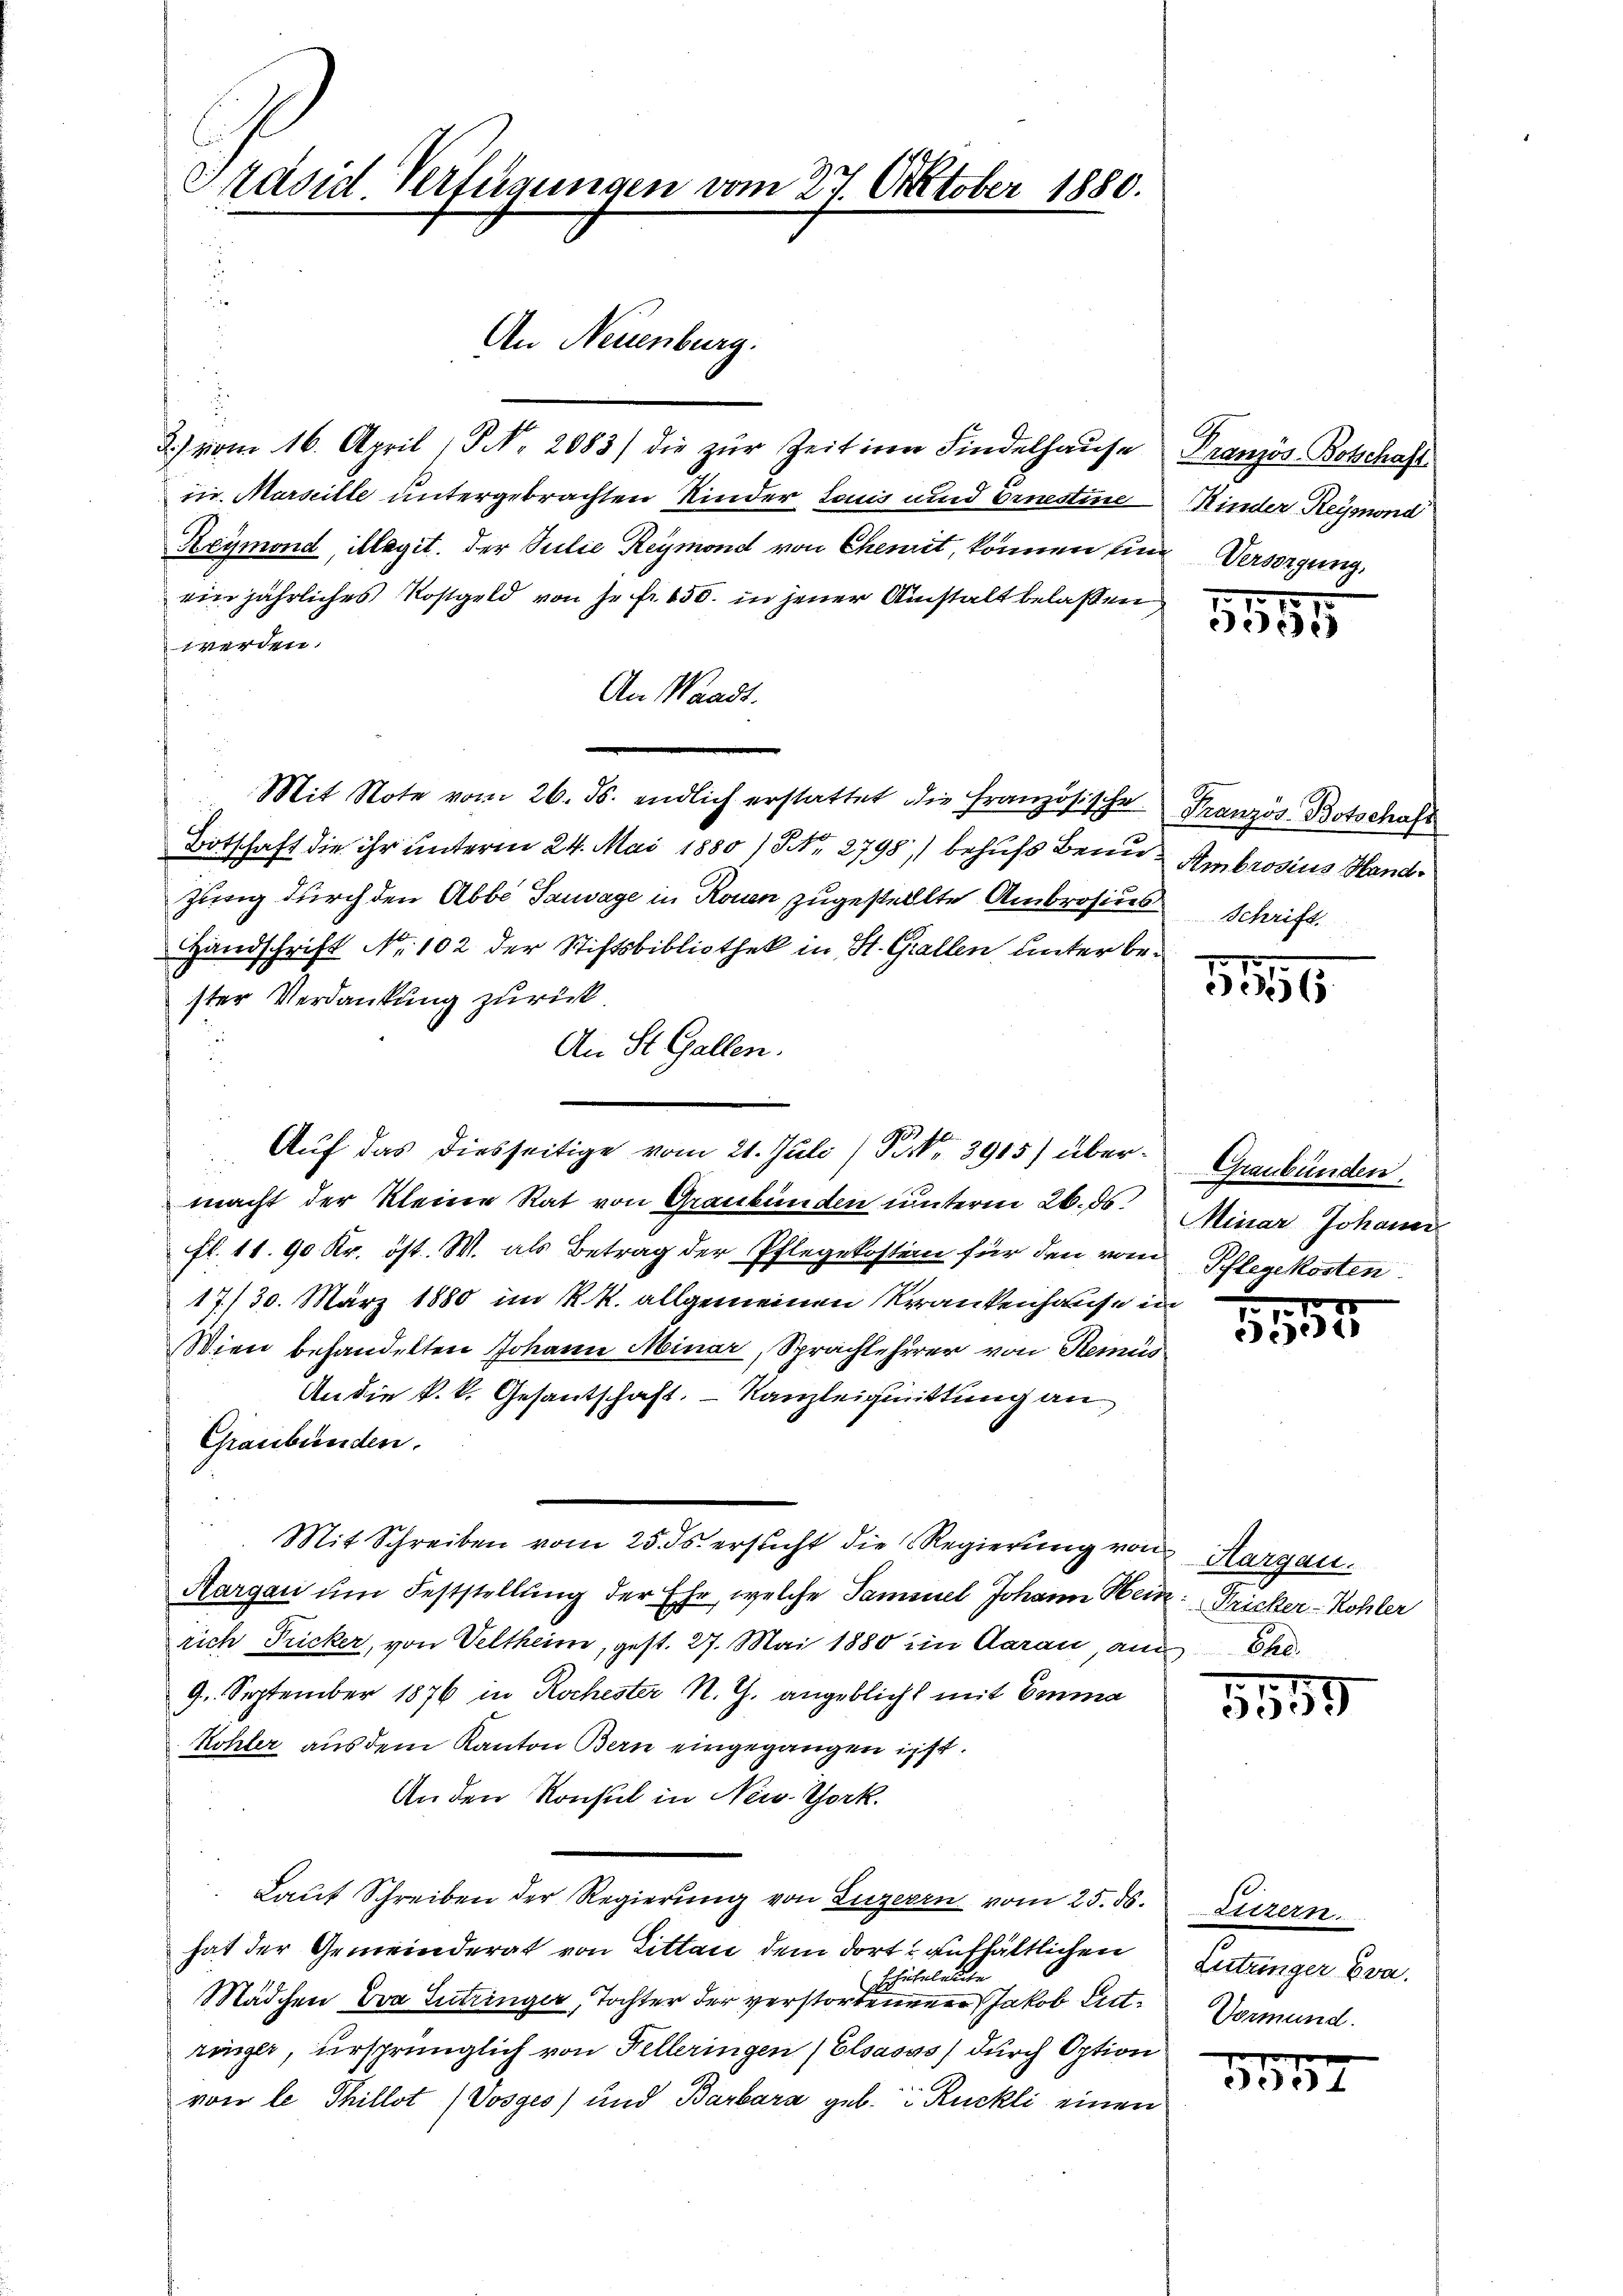
Präsid Verfügungen vom 27. Oktober 1880.

2) vom 16. April (S. 2083) die zur Zeit in Findelhause
in. Marseille untergebrachten Kinder Louis und ornestine
Reymond, illagit der Silie Reymond von Chemit, können ein
einjährliches Kostgeld von je fr. 650. in jener Anstalt belassen
werden.
An Waadt.
Mit Note vom 26. ds. endlich erstattet die Französische
Botschaft die ihr unterm 24. Mai 1880 / Nr. 2798, behufs Benu
Zunig durch den Abbe Tauvage in Rouen zugestellte Ambrosius.
Handschrift No. 102 der Stiftsbibliothek in St. Gallen unter bester Verdankung zurück
An St. Gallen.
Auf das diesseitige vom 21. Juli (§ 3915) übermacht der Kleine Rat von Graubünden unterm 26. ds.
fl. 11. 90 Kr. öst. W. als Betrag der Pflegekostein für den vom
17./30. März 1880 im k. k. allgemeinen Krankenhausei
Wien behandelten Johann Minar, Sprachteherer von Semi
An die k.k. Gesantschaft. Kanzleiquittung an
Graubünden.
Mit Schreiben vom 25. ds. ersucht die Regierung von
Aargau um Feststellung der Ehe, welche Sammel Johann Heirich Tricker, von Veltheim, gest. 27. Mai 1880 iin Aarau, an
9. September 1876 in Rochester R. G. angeblicht mit Emma
Kohler aus dem Kanton Bern eingegangen ist.
An den Konsul in New-York
Lauf Schreiben der Regierung von Luzern vom 25. ds.
hat der Gemeinderat von Litten dem dort aufhältlichen
Echübeleuche
Mädchen Eva Lutringer, Tochter der verstorbenener Jakob Gutringer, ursprünglich von Felleringen (Elsasss) durch Option
von le Thillot (Vosges) und Barbara geb. Rückli einen

An Neuenburg.

Französ-Botschaft.
Kinder Reymond
Versorgung,

157
e

Franzos-Botschaft
Ambrosius Hand.
Schrift.

1190

Graubünden.
Minar Johann
Pflegekosten

1.1.
.)

v Hargau.
2: Fricker-Kohler
840

5559

Luzern.
Lutzinger Eva.
Vormund.

f 0 x
ee